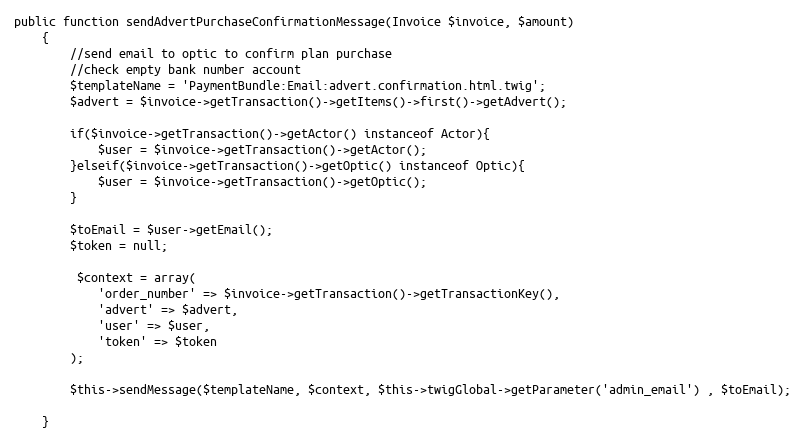
Language: PHP
public function sendAdvertPurchaseConfirmationMessage(Invoice $invoice, $amount)
    {
        //send email to optic to confirm plan purchase
        //check empty bank number account
        $templateName = 'PaymentBundle:Email:advert.confirmation.html.twig';
        $advert = $invoice->getTransaction()->getItems()->first()->getAdvert();

        if($invoice->getTransaction()->getActor() instanceof Actor){
            $user = $invoice->getTransaction()->getActor();
        }elseif($invoice->getTransaction()->getOptic() instanceof Optic){
            $user = $invoice->getTransaction()->getOptic();
        }

        $toEmail = $user->getEmail();
        $token = null;

         $context = array(
            'order_number' => $invoice->getTransaction()->getTransactionKey(),
            'advert' => $advert,
            'user' => $user,
            'token' => $token
        );

        $this->sendMessage($templateName, $context, $this->twigGlobal->getParameter('admin_email') , $toEmail);

    }